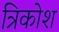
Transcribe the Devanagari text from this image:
त्रिकोश